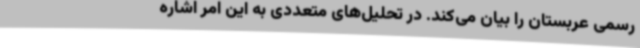
رسمی عربستان را بیان می‌کند. در تحلیل‌های متعددی به این امر اشاره